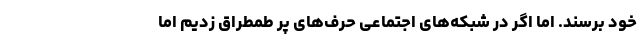
خود برسند. اما اگر در شبکه‌های اجتماعی حرف‌های پر طمطراق زدیم اما